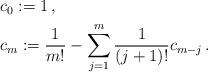
LaTeX: \begin{align*}\begin{aligned}&c_0:=1\,,\\&c_m:=\frac{1}{m!}-\sum_{j=1}^m \frac{1}{(j+1)!}c_{m-j}\,.\end{aligned}\end{align*}